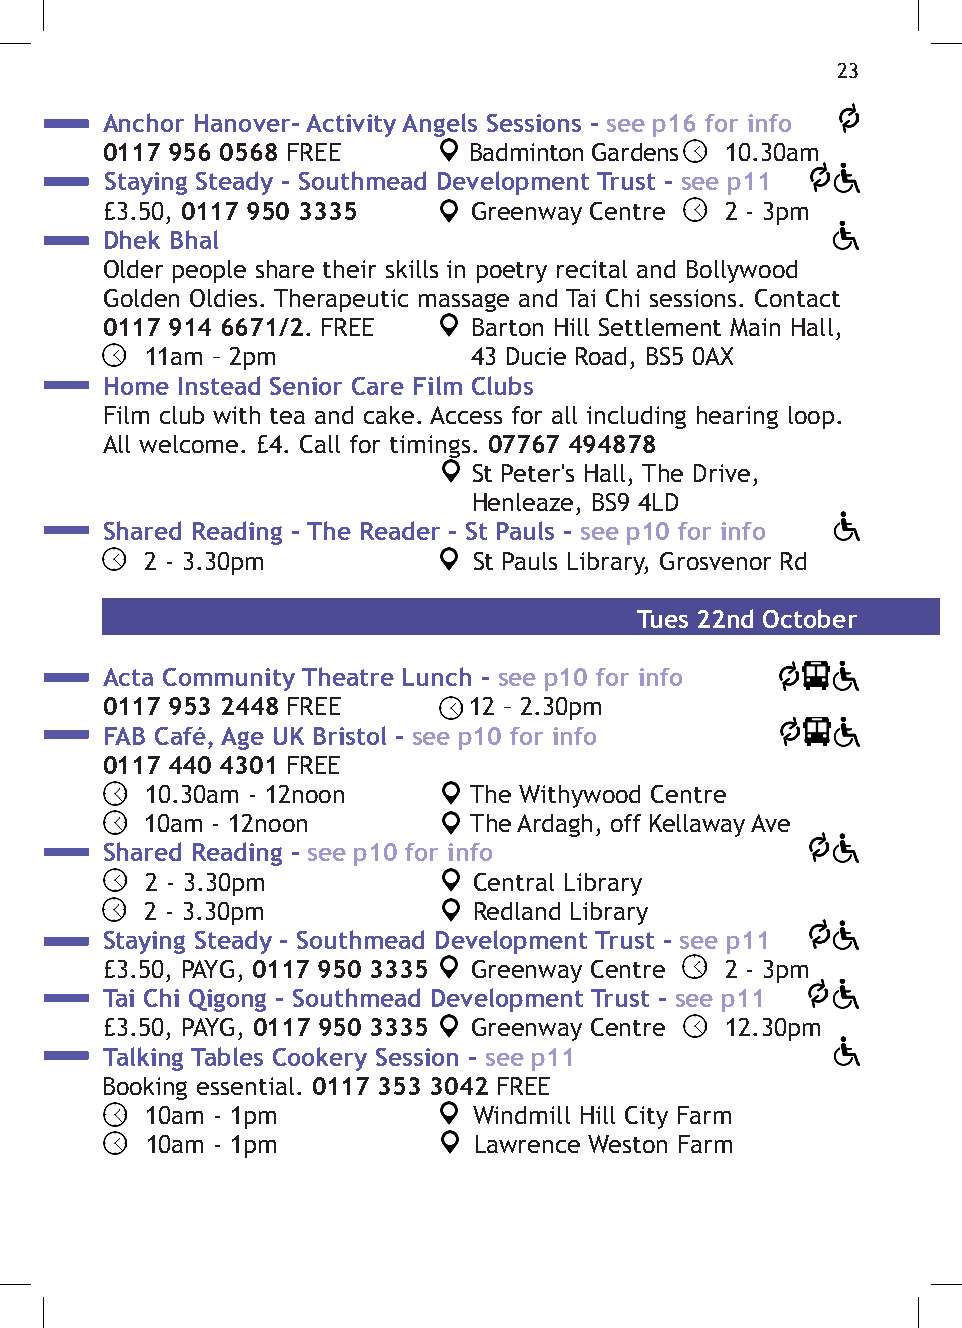
23
 Anchor Hanover- Activity Angels Sessions - see p16 for info
 0117 956 0568 FREE      Badminton Gardens 10.30am
 Staying Steady - Southmead Development Trust - see p11
 £3.50, 0117 950 3335    Greenway Centre  2 - 3pm
 Dhek Bhal
 Older people share their skills in poetry recital and Bollywood
 Golden Oldies. Therapeutic massage and Tai Chi sessions. Contact
 0117 914 6671/2. FREE   Barton Hill Settlement Main Hall,
 11am – 2pm           43 Ducie Road, BS5 0AX
 Home Instead Senior Care Film Clubs
 Film club with tea and cake. Access for all including hearing loop.
 All welcome. £4. Call for timings. 07767 494878
 St Peter's Hall, The Drive,
 Henleaze, BS9 4LD
 Shared Reading - The Reader - St Pauls - see p10 for info
 2 - 3.30pm           St Pauls Library, Grosvenor Rd
 Tues 22nd October
 Acta Community Theatre Lunch - see p10 for info
 0117 953 2448 FREE      12 – 2.30pm
 FAB Café, Age UK Bristol - see p10 for info
 0117 440 4301 FREE
 10.30am - 12noon     The Withywood Centre
 10am - 12noon        The Ardagh, off Kellaway Ave
 Shared Reading - see p10 for info
 2 - 3.30pm           Central Library
 2 - 3.30pm           Redland Library
 Staying Steady - Southmead Development Trust - see p11
 £3.50, PAYG, 0117 950 3335 Greenway Centre 2 - 3pm
 Tai Chi Qigong - Southmead Development Trust - see p11
 £3.50, PAYG, 0117 950 3335 Greenway Centre 12.30pm
 Talking Tables Cookery Session - see p11
 Booking essential. 0117 353 3042 FREE
 10am - 1pm           Windmill Hill City Farm
 10am - 1pm           Lawrence Weston Farm